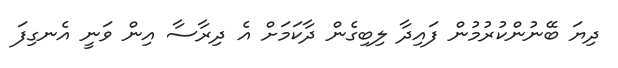
ދިޔަ ބޭނުންކުރުމުން ފައިދާ ލިބިގެން ދާކަމަށް އެ ދިރާސާ އިން ވަނީ އެނގިފަ